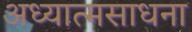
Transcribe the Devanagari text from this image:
अध्यात्मसाधना